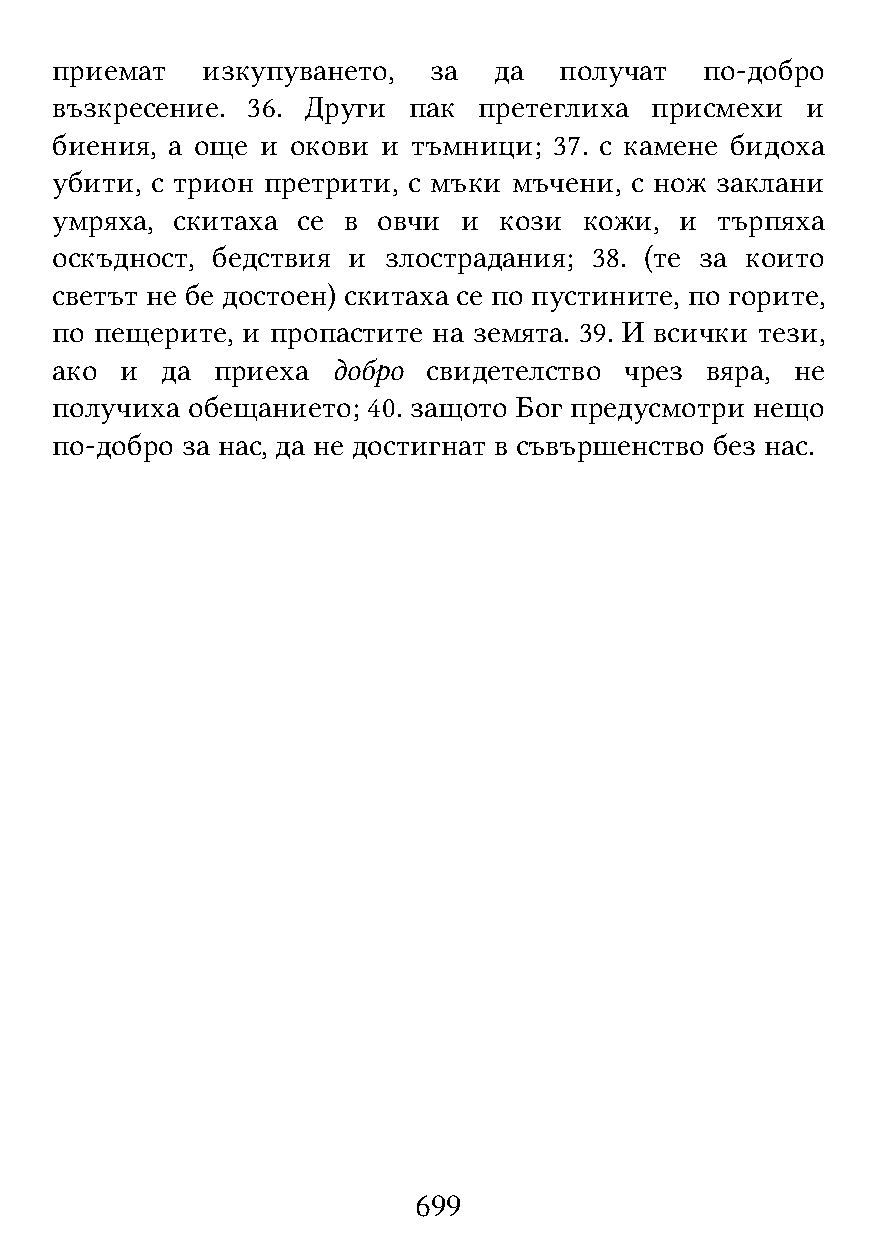
приемат   изкупуването,  за   да  получат   по-добро
 възкресение. 36. Други  пак  претеглиха присмехи  и
 биения, а още и окови и тъмници;  37. с камене бидоха
 убити, с трион претрити, с мъки мъчени, с нож заклани
 умряха, скитаха  се в овчи  и кози  кожи, и търпяха
 оскъдност, бедствия и злострадания; 38. (те за които
 светът не бе достоен) скитаха се по пустините, по горите,
 по пещерите, и пропастите на земята. 39. И всички тези,
 ако  и  да приеха  добро свидетелство чрез  вяра, не
 получиха обещанието; 40. защото Бог предусмотри нещо
 по-добро за нас, да не достигнат в съвършенство без нас.
 699